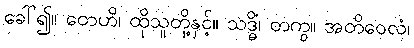
ခေါ်၍။ တေဟိ၊ ထိုသူတို့နှင့်။ သဒ္ဓိံ၊ တကွ။ အတိဝေလံ၊